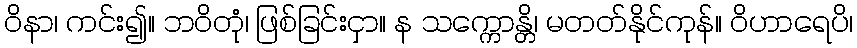
ဝိနာ၊ ကင်း၍။ ဘဝိတုံ၊ ဖြစ်ခြင်းငှာ။ န သက္ကောန္တိ၊ မတတ်နိုင်ကုန်။ ဝိဟာရေပိ၊